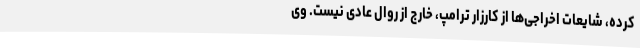
کرده، شایعات اخراجی‌ها از کارزار ترامپ، خارج از روال عادی نیست. وی